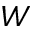
W